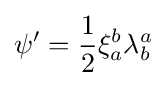
\psi ^{\prime }={\frac {1}{2}}\xi _{a}^{b}\lambda _{b}^{a}